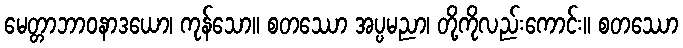
မေတ္တာဘာဝနာဒယော၊ ကုန်သော။ စတဿော အပ္ပမညာ၊ တို့ကိုလည်းကောင်း။ စတဿော